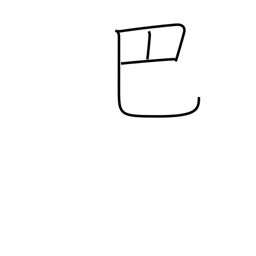
Meaning: comma-design